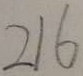
2 1 6